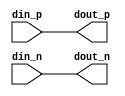
// SPDX-License-Identifier: Apache-2.0
// Copyright (C) 2019 Intel Corporation. 
//------------------------------------------------------------------------
//
// Revision:    $Revision: #1 $
//------------------------------------------------------------------------
// Description: smaller size dq/dqs driver
//
//------------------------------------------------------------------------

module io_dq_clkdrv (
input          din_p,           	// 
input          din_n,           	//
output         dout_p,                  //
output         dout_n                  //
);

`ifdef TIMESCALE_EN
                timeunit 1ps;
                timeprecision 1ps;
`endif

parameter  INV_DELAY      = 15;  // 15ps

assign #(4 * INV_DELAY) dout_p = din_p;
assign #(4 * INV_DELAY) dout_n = din_n;

endmodule